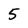
Character: 5